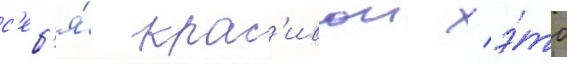
с'еб'я́ крас'ивои / э́то